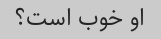
او خوب است؟